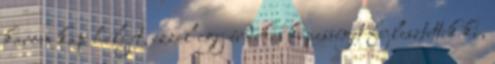
karom kap helyet, ezzel egy érdekes képességet fejlesztettek ki,